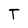
Character: T